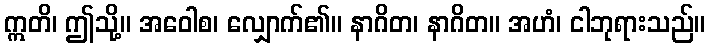
ဣတိ၊ ဤသို့။ အဝေါစ၊ လျှောက်၏။ နာဂိတ၊ နာဂိတ။ အဟံ၊ ငါဘုရားသည်။